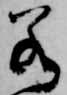
若